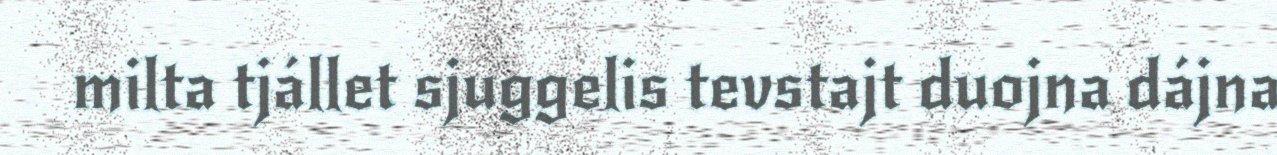
milta tjállet sjuggelis tevstajt duojna dájna